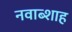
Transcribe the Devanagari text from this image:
नवाब्शाह